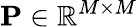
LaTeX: \mathbf{P}\in\mathbb{R}^{M\times M}